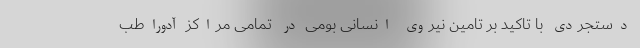
دستجردی با تاکید بر تامین نیروی انسانی بومی در تمامی مراکز آدوراطب